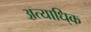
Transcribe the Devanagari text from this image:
अत्याधि्क